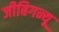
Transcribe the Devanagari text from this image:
जीबिगन्यू